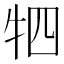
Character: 牭